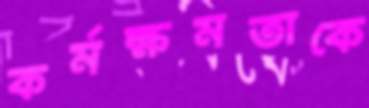
কর্মক্ষমতাকে